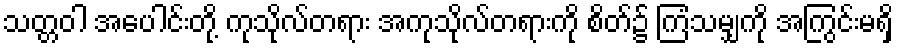
သတ္တဝါ အပေါင်းတို့ ကုသိုလ်တရား အကုသိုလ်တရားကို စိတ်၌ ကြံသမျှကို အကြွင်းမရှိ